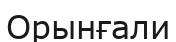
Орынғали